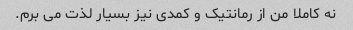
نه کاملا من از رمانتیک و کمدی نیز بسیار لذت می برم.